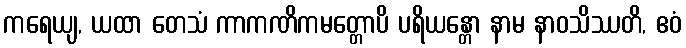
ကရေယျ, ယထာ တေသံ ကာကဏိကမတ္တောပိ ပရိယန္တော နာမ နာဝသိဿတိ, ဧဝံ